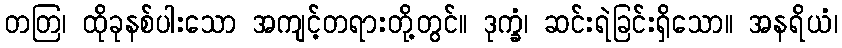
တတြ၊ ထိုခုနစ်ပါးသော အကျင့်တရားတို့တွင်။ ဒုက္ခံ၊ ဆင်းရဲခြင်းရှိသော။ အနရိယံ၊